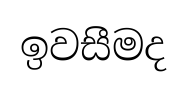
ඉවසීමද